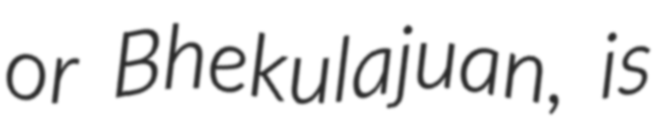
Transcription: or Bhekulajuan, is